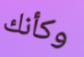
وكأنك